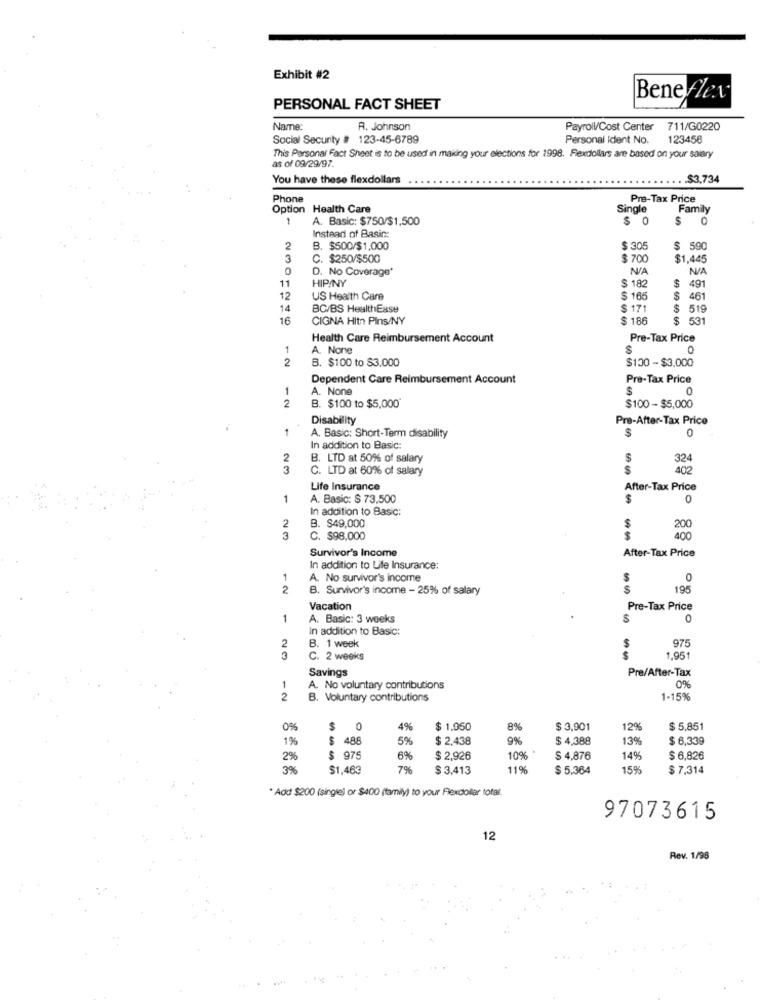
Exhibit #2
Bene flev
PERSONAL FACT SHEET
Name:
A. Johnson
Payroll/Cost Center
711/G0220
Social Security # 123-45-6789
Personal Ident No.
123456
as of 09/29/97.
This Personal Fact Sheet is to be used in making your elections for 1998. Flexdollars are based on your salary
You have these flexdollars
$3,734
Phone
Pre-Tax Price
Option Health Care
Single
Family
-
A. Basic: $750/$1,500
$ 0
$
0
Instead of Basic:
2
B. $500/$1,000
$ 305
$ 590
3
C. $250/$500
$ 700
$1,445
0
D. No Coverage*
11
$
HIP/NY
182
491
12
US Health Care
$ 165
$
461
14
BC/BS HealthEase
171
519
16
CIGNA Hitn Pins/NY
$ 186
$ 531
Health Care Reimbursement Account
Pre-Tax Price
1
A. None
2
B. $100 to $3.000
$100 -$3,000
Dependent Care Reimbursement Account
Pre-Tax Price
1
A. None
$
0
$100 - $5,000
2
B. $100 to $5,000*
Disability
Pre-After-Tax Price
1
$
0
A. Basic: Short-Term disability
In addition to Basic:
2
B. LTD at 50% of salary
S
324
3
C. LTD at 60% of salary
$
402
Life Insurance
After-Tax Price
1
A. Basic: $ 73.500
$
0
In addition to Basic:
B. $49,000
2
$
200
3
C. $98,000
$
400
Survivor's Income
After-Tax Price
In addition to Life Insurance:
1
A. No survivor's income
2
B. Survivor's income - 25% of salary
S
195
Vacation
Pre-Tax Price
1
A. Basic: 3 weeks
S
0
In addition to Basic:
$
2
B. 1 week
975
3
C. 2 weeks
1.951
Savings
Pre/After-Tax
1
A. No voluntary contributions
0%
2
B. Voluntary contributions
1-15%
0%
$
0
4%
$ 1.050
8%
$ 3,001
12%
$ 5,851
1%
$ 488
5%
$ 2,438
9%
$ 4,388
13%
$ 6,339
2%
$ 975
6%
$ 2,926
10%
$ 4,876
14%
$ 6,826
3%
$1,463
7%
$ 3,413
11%
$ 5,364
15%
$ 7,314
* Add $200 (single) or $400 (family) to your Flexdollar total.
97073615
12
Rev. 1/98